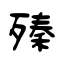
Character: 殝